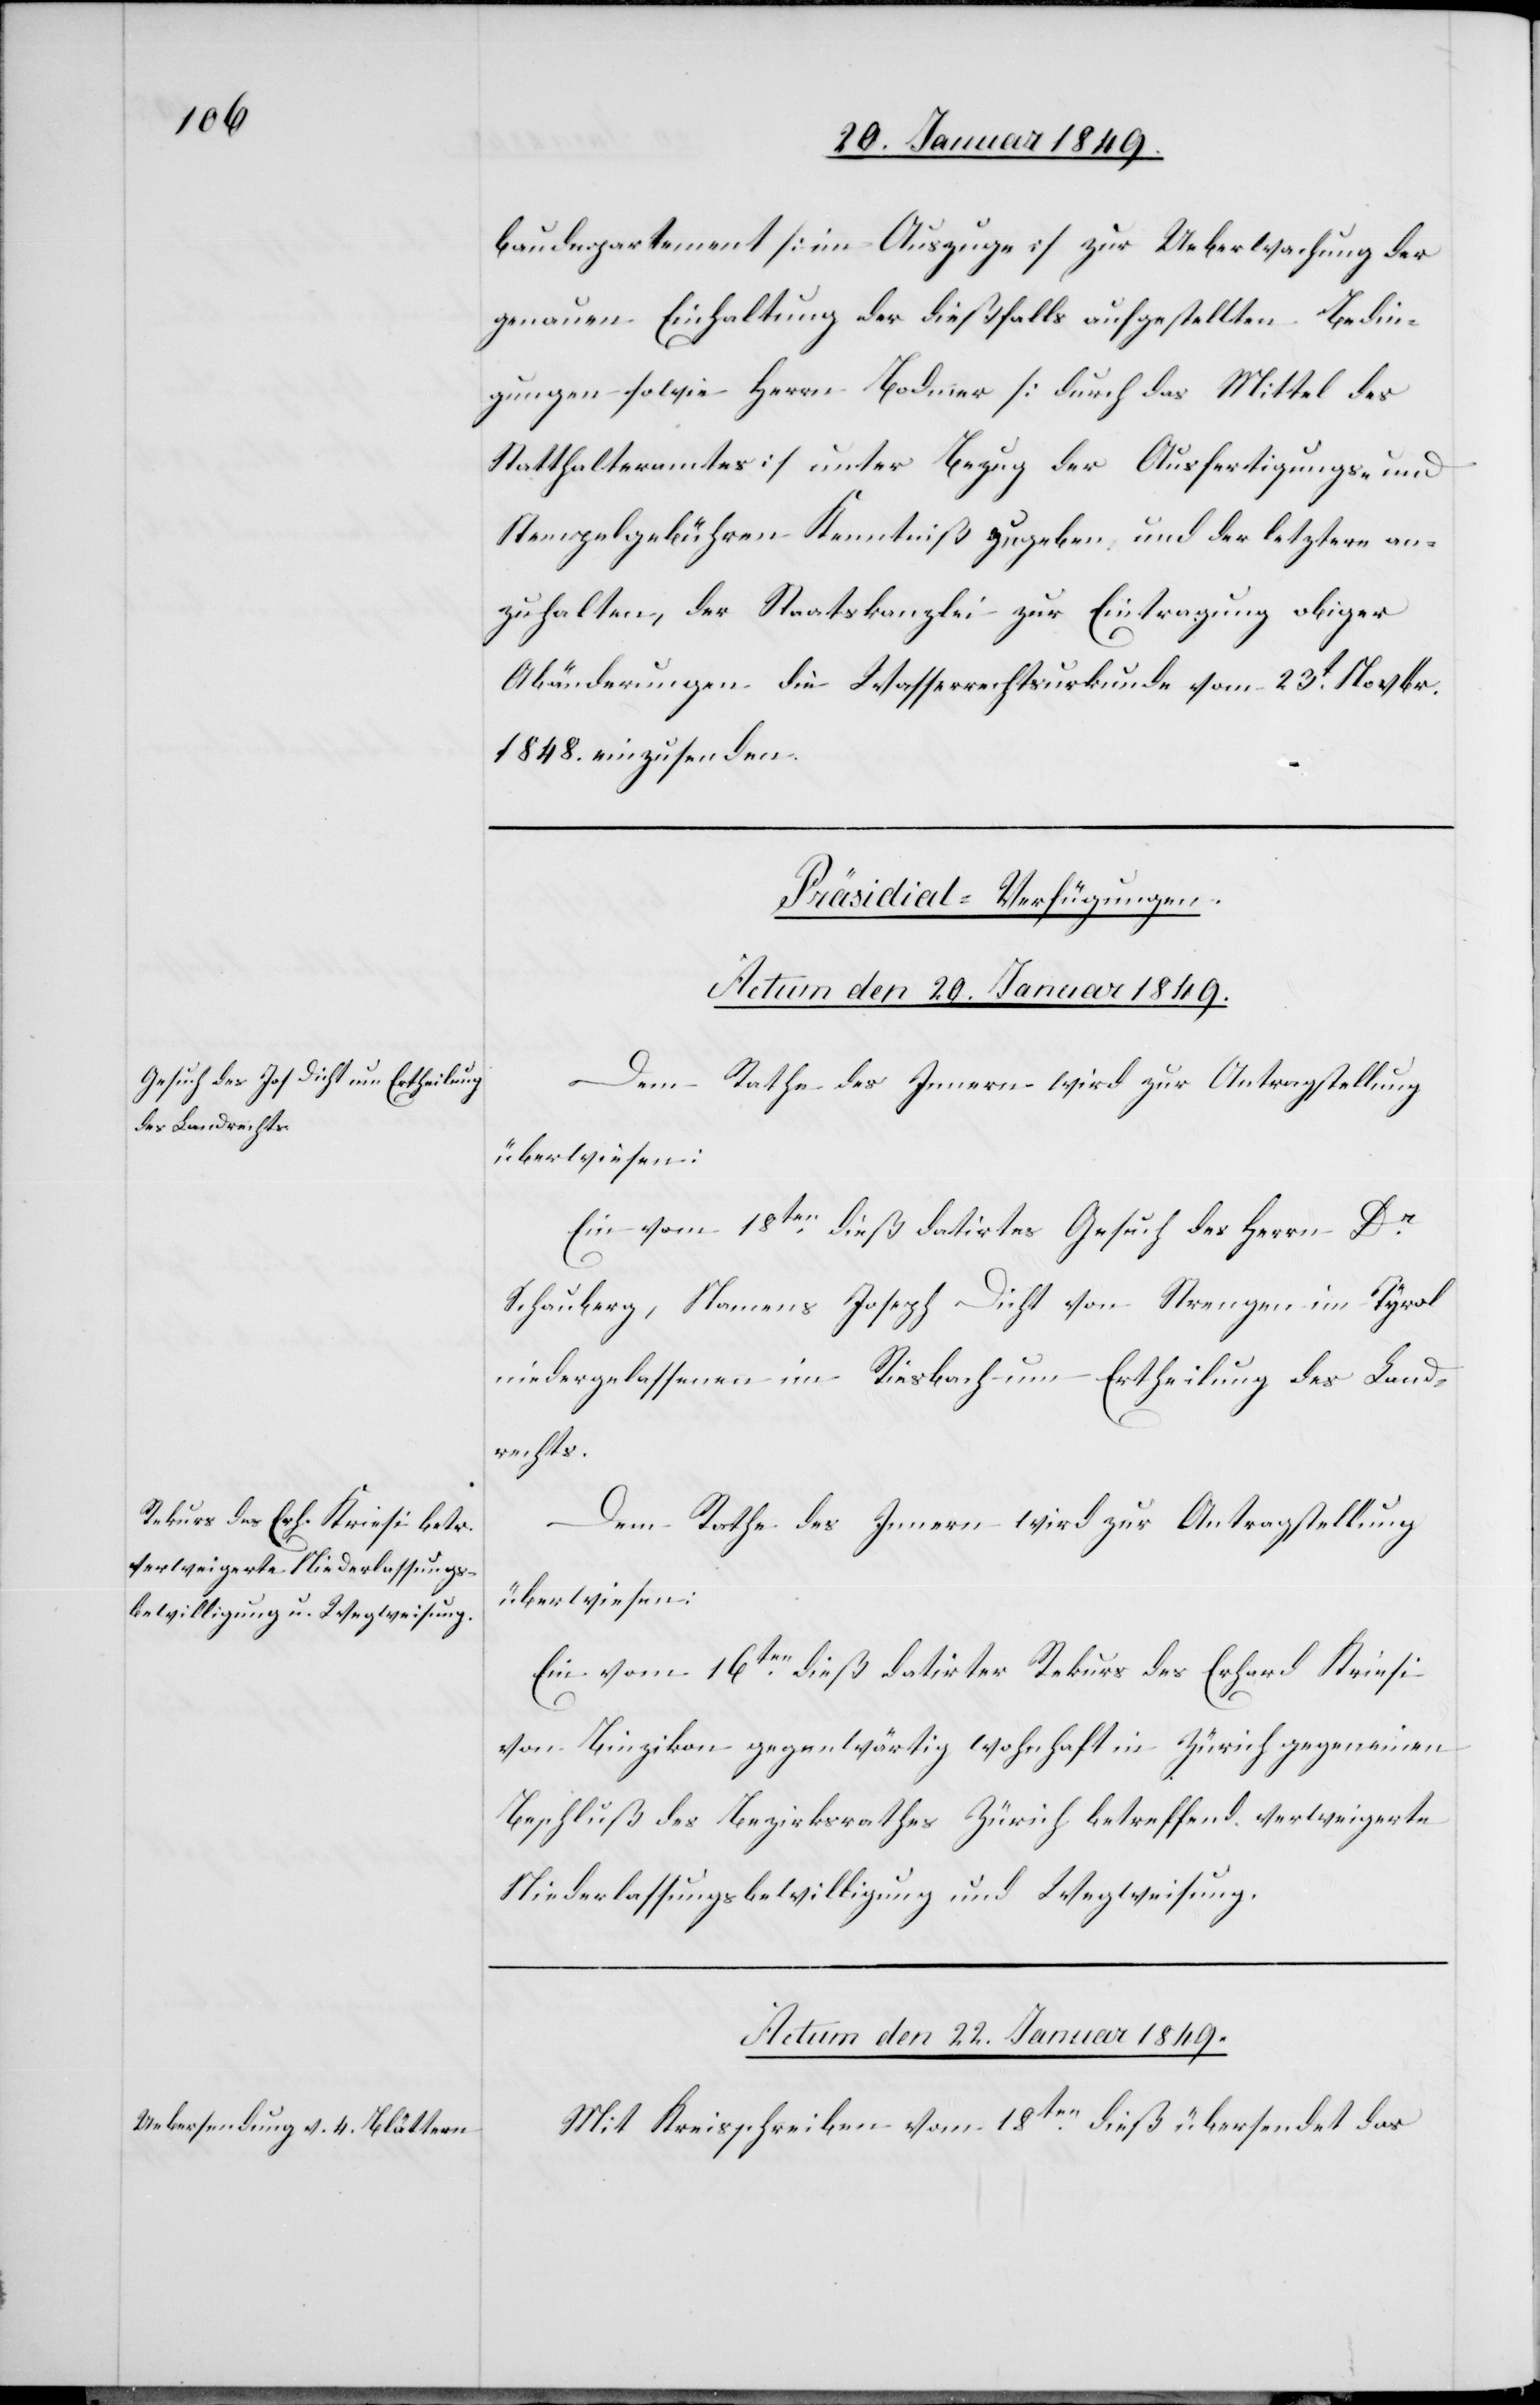
baudepartement [im Auszuge] zur Ueberwachung der
genauen Einhaltung der dießfalls aufgestellten Bedin¬
gungen sowie Herrn Bodmer [durch das Mittel des
Statthalteramtes] unter Bezug der Ausfertigungs- und
Stempelgebühren Kenntniß zu geben und der letztere an¬
zuhalten, der Staatskanzlei zur Eintragung obiger
Abänderungen die Wasserrechtsurkunde vom 23t. Novbr.
1848. einzusenden.
[Präsidial-Verfügungen.]
Actum den 20. Januar 1849.]
Dem Rathe des Innern wird zur Antragstellung
überwiesen:
Ein vom 18ten. dieß datirtes Gesuch des Herrn Dr.
Schauberg, Namens Joseph Dicht von Strengen im Tyrol
niedergelassenen im Riesbach um Ertheilung des Land¬
rechts.
Dem Rathe des Innern wird zur Antragstellung
überwiesen:
Ein vom 16ten. dieß datirter Rekurs des Erhard Kriesi
von Binzikon gegenwärtig wohnhaft in Zürich gegen einen
Beschluß des Bezirksrathes Zürich betreffend verweigerte
Niederlassungsbewilligung und Wegweisung.
Actum den 22. Januar 1849.
Mit Kreisschreiben vom 18ten. dieß übersendet das